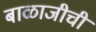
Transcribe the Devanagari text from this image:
बाळाजीची